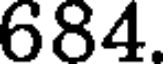
684.